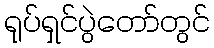
ရုပ်ရှင်ပွဲတော်တွင်